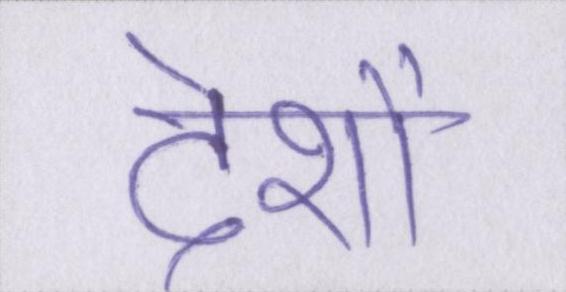
देशों